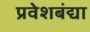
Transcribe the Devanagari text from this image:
प्रवेशबंद्या